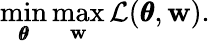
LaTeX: \operatorname*{min}_{\pmb{\theta}}\operatorname*{max}_{\mathbf{w}}\mathcal{L}(\pmb{\theta},\mathbf{w}).